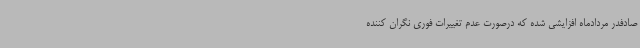
صادفدر مردادماه افزایشی شده که درصورت عدم تغییرات فوری نگران کننده